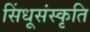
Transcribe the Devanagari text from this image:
सिंधूसंस्कृति